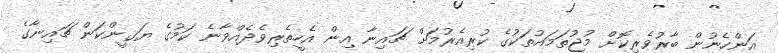
އަންހެނުން ބާރުވެރިކޮށް މުޖުތަމައުތަކުގެ ކުރިއެރުމަށް ޗައިނާ އިން އެހީތެރިވެދެއްވާނެ ކަމުގެ ޔަގީންކަން ޗައިނާގެ